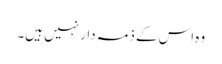
وہ اس کے ذمہ دار نہیں ہیں۔